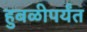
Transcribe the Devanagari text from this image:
हुबळीपर्यंत